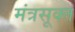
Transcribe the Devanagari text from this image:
मंत्रसूक्त